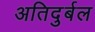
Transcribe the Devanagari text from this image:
अतिदुर्बल